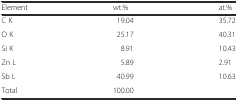
| Element | wt.% | at.% |
 | --- | --- | --- |
 | C K | 19.04 | 35.72 |
 | O K | 25.17 | 40.31 |
 | Si K | 8.91 | 10.43 |
 | Zn L | 5.89 | 2.91 |
 | Sb L | 40.99 | 10.63 |
 | Total | 100.00 |  |